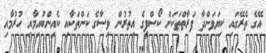
އޭގެ ތެރޭގައި ކިޔަވަންދާ ފަރާތްތަކަށް ކޯސްފީގެ އިތުރުން ވިސާގެ ކަންތަކާއި ކެއިންބުއިމާއި ހުރުމާއި